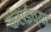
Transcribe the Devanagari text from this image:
कटाईच्या